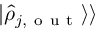
\vert \hat { \rho } _ { j , \mathrm { ~ o ~ u ~ t ~ } } \rangle \rangle